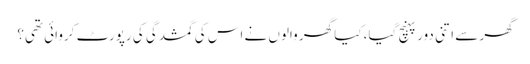
گھر سے اتنی دور پہنچ گیا، کیا گھر والوں نے اس کی گمشدگی کی رپورٹ کروائی تھی؟